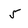
Character: 5